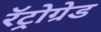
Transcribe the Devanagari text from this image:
रॅट्रोग्रेड